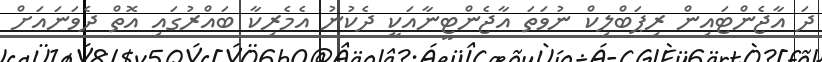
ދަ އާޖެންޓައިން ރިޕަބްލިކް ނުވަތަ އާޖެންޓީނާއަކީ ދެކުނު އެމެރިކާ ބައްރުގައި އޮތް ދެވަނައަށް